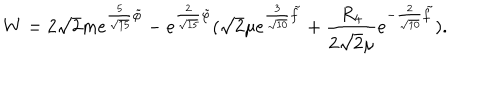
LaTeX: W = 2 \sqrt { 2 } m e ^ { { \frac { 5 } { \sqrt { 1 5 } } } \tilde { \varphi } } - e ^ { { \frac { 2 } { \sqrt { 1 5 } } } \tilde { \varphi } } ( \sqrt { 2 } \mu e ^ { { \frac { 3 } { \sqrt { 1 0 } } } \tilde { f } } + { \frac { R _ { 4 } } { 2 \sqrt { 2 } \mu } } e ^ { - { \frac { 2 } { \sqrt { 1 0 } } } \tilde { f } } ) .